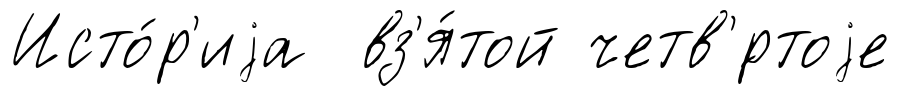
Исто́р'иjа вз'я́той четв'́ртоjе